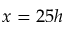
x = 2 5 h